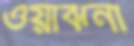
ওয়াঝর্না